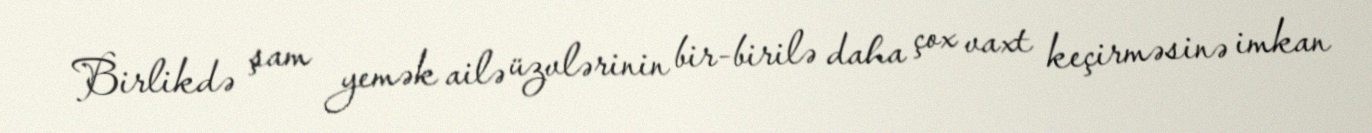
Birlikdə şam yemək ailə üzvlərinin bir-birilə daha çox vaxt keçirməsinə imkan